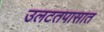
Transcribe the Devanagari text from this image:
उलटतपासात